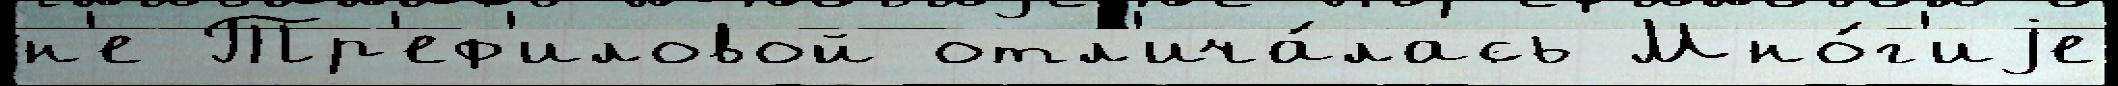
н'е Тр'еф'иловой отл'ича́лась Мно́г'иjе